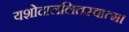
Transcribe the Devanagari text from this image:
यशोदाललितस्वात्मा